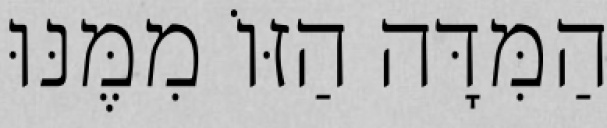
הַמִּדָּה הַזּוֹ מִמֶּנּוּ